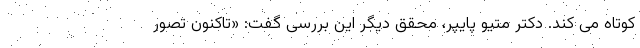
کوتاه می کند. دکتر متیو پایپر، محقق دیگر این بررسی گفت: «تاکنون تصور